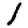
Digit: 1